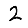
Digit: 2